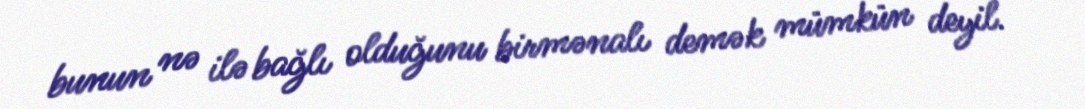
bunun nə ilə bağlı olduğunu birmənalı demək mümkün deyil.